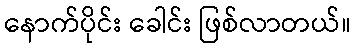
နောက်ပိုင်း ခေါင်း ဖြစ်လာတယ်။